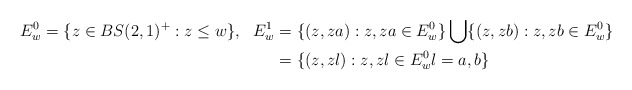
\begin{align*}E_w^0 &= \{ z \in BS(2,1)^+ : z \le w\},&E_w^1 &= \{(z, z a): z, za \in E_w^0\} \bigcup \{(z, z b): z, zb \in E_w^0\} \\&&&= \{(z, z l): z, z l \in E_w^0 l = a,b\} \end{align*}